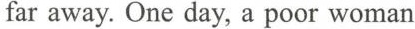
far away. One day，a poor woman